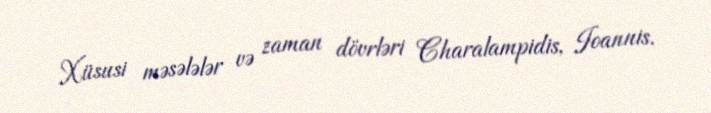
Xüsusi məsələlər və zaman dövrləri Charalampidis, Ioannis.